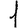
Digit: 1